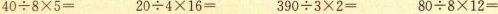
$$4 0 \div 8 \times